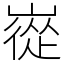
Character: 嵸